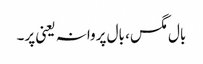
بال مگس، بال پروانہ یعنی پر۔